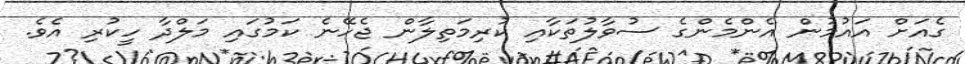
ގެއަށް އައުމުން އެންމެންގެ ސުވާލުތަކާއި ކުރިމަތިލާން ޖެހޭނެ ކަމުގައި މަލްދާ ހީކުރި އެވެ.